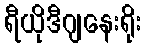
ရီယိုဒီဂျနေးရိုး